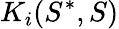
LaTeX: K_{i}(S^{*},S)